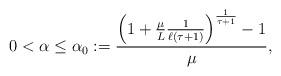
LaTeX: \begin{align*}0<\alpha\leq \alpha_0:= \frac{\left(1+\frac{\mu}{L}\frac{1}{\ell(\tau+1)}\right)^{\frac{1}{\tau+1}}-1}{\mu},\end{align*}